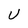
Character: U